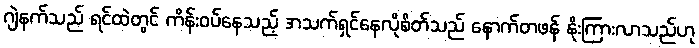
ဂျဲနက်သည် ရင်ထဲတွင် ကိန်းဝပ်နေသည့် အသက်ရှင်နေလိုစိတ်သည် နောက်တဖန် နိုးကြားလာသည်ဟု